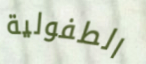
الطفولية